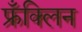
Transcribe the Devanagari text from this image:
फ्रँक्लिन